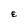
Character: E